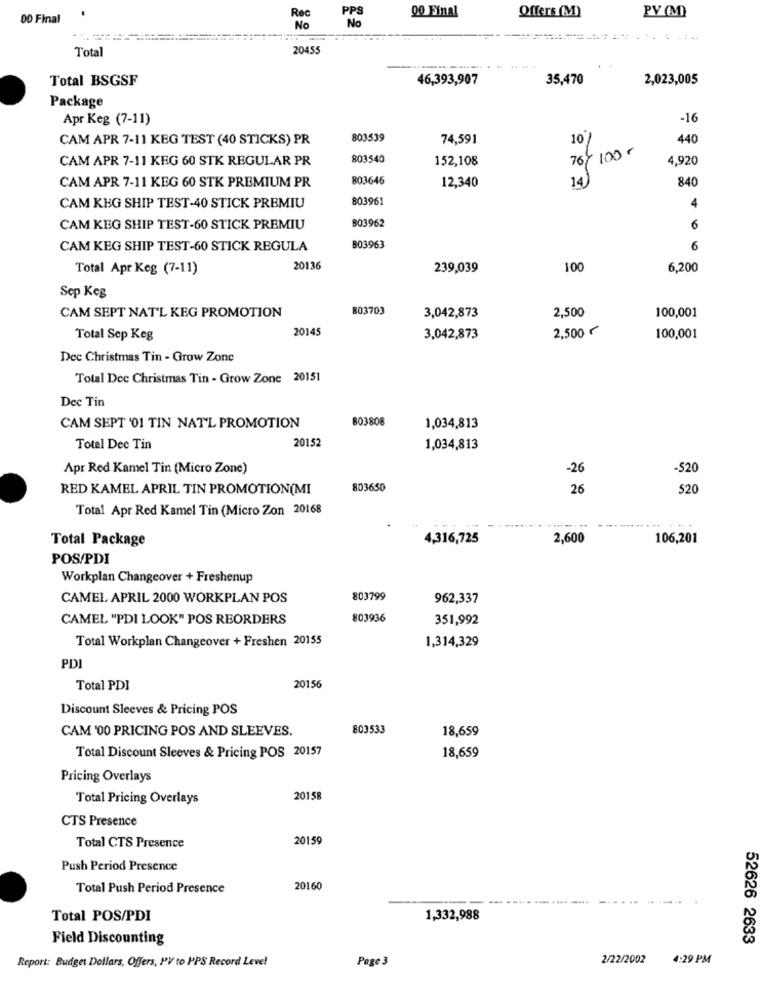
00 Final
Rec
PPS
00 Final
Offers (M)
PV (M)
No
20455
Total
Total BSGSF
46,393,907
35,470
2,023,005
Package
Apr Keg (7-11)
-16
CAM APR 7-11 KEG TEST (40 STICKS) PR
803539
74,591
10
440
CAM APR 7-11 KEG 60 STK REGULAR PR
803540
152,108
76/ 100 -
4,920
803646
12,340
14
84
CAM APR 7-11 KEG 60 STK PREMIUM PR
803961
CAM KHG SHIP TEST-40 STICK PREMIU
4
CAM KEG SHIP TEST-60 STICK PREMIU
803962
6
CAM KEG SHIP TEST-60 STICK REGULA
803963
6
Total Apr Keg (7-11)
20136
239,039
100
6,200
Sep Keg
803703
2,500
CAM SEPT NAT'L KEG PROMOTION
3,042,873
100,001
20145
2,500 €
Total Sep Keg
3,042,873
100,001
Dec Christmas Tin - Grow Zone
Total Dee Christmas Tin - Grow Zone 20151
Dec Tin
803808
CAM SEPT '01 TIN NAT'L PROMOTION
1,034,813
20152
Total Dec Tin
1,034,813
Apr Red Kamel Tin (Micro Zone)
-26
-520
RED KAMEL APRIL TIN PROMOTION(MI
803650
26
520
Total Apr Red Kamel Tin (Micro Zon 20168
-------
... ....
Total Package
4,316,725
2,600
106,201
POS/PDI
Workplan Changeover + Freshenup
CAMEL APRIL 2000 WORKPLAN POS
803799
962,337
CAMEL "PDI LOOK" POS REORDERS
803936
351,992
Total Workplan Changeover + Freshen 20155
1,314,329
PDI
Total PDI
20156
Discount Sleeves & Pricing POS
CAM '00 PRICING POS AND SLEEVES.
803533
18,659
Total Discount Sleeves & Pricing POS 20157
18,659
Pricing Overlays
Total Pricing Overlays
20158
CTS Presence
20159
Total CTS Presence
Push Period Presence
Total Push Period Presence
20160
Total POS/PDI
1,332,988
Field Discounting
52626 2633
Report: Budget Dollars, Offers, PV to PPS Record Leve!
Page 3
2/22/2002
4:29 PM